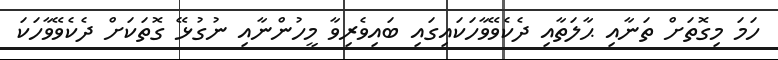
ހަމަ މިގޮތަށް ތަނާއި ޙާލަތާއި ދެކެވޭވާހަކައިގައި ބައިވެރިވާ މީހުންނާއި ނުގުޅޭ ގޮތަކަށް ދެކެވޭވާހަކަ